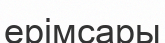
ерімсары